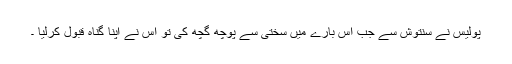
پولیس نے سنتوش سے جب اس بارے میں سختی سے پوچھ گچھ کی تو اس نے اپنا گناہ قبول کرلیا ۔